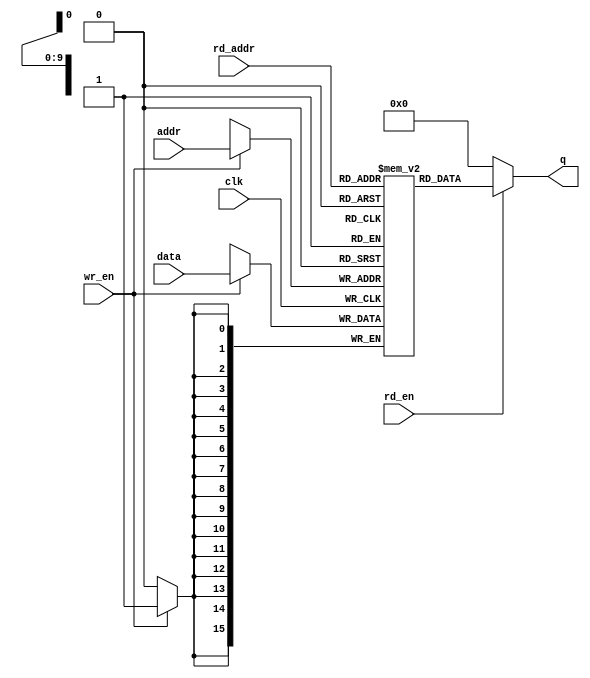
/*******************************************************************************
@ddblock_begin copyright

Copyright (c) 1997-2022
Maryland DSPCAD Research Group, The University of Maryland at College Park 

Permission is hereby granted, without written agreement and without
license or royalty fees, to use, copy, modify, and distribute this
software and its documentation for any purpose, provided that the above
copyright notice and the following two paragraphs appear in all copies
of this software.

IN NO EVENT SHALL THE UNIVERSITY OF MARYLAND BE LIABLE TO ANY PARTY
FOR DIRECT, INDIRECT, SPECIAL, INCIDENTAL, OR CONSEQUENTIAL DAMAGES
ARISING OUT OF THE USE OF THIS SOFTWARE AND ITS DOCUMENTATION, EVEN IF
THE UNIVERSITY OF MARYLAND HAS BEEN ADVISED OF THE POSSIBILITY OF
SUCH DAMAGE.

THE UNIVERSITY OF MARYLAND SPECIFICALLY DISCLAIMS ANY WARRANTIES,
INCLUDING, BUT NOT LIMITED TO, THE IMPLIED WARRANTIES OF
MERCHANTABILITY AND FITNESS FOR A PARTICULAR PURPOSE. THE SOFTWARE
PROVIDED HEREUNDER IS ON AN "AS IS" BASIS, AND THE UNIVERSITY OF
MARYLAND HAS NO OBLIGATION TO PROVIDE MAINTENANCE, SUPPORT, UPDATES,
ENHANCEMENTS, OR MODIFICATIONS.

@ddblock_end copyright
*******************************************************************************/

/*******************************************************************************
This is a single port RAM (random access memory) module.

--- INPUTS: ---

data:  data to be written into the RAM

addr:  RAM address for writing data

rd_addr: RAM address for reading data

wr_en: enable signal for activating write operation (active high)

rd_en: enable signal for activating reading operation (active high)

clk: clock

--- OUTPUT: ---

q: data that is read out of the RAM

--- PARAMETERS: ---    

buffer_size: the number of tokens (integers) in each input vector. So, if size =
N, then this actor performs stream computation.  

word_size: the bit width for each of the input data  used in computation of the PEA actor.
*******************************************************************************/

`timescale 1ns/1ps
module single_port_ram
/*Here word_size and buffer_size is treated as width and size parameters from lab 07 respectively*/
        #(parameter word_size = 16, buffer_size = 1024)(  
        input [word_size - 1 : 0] data,
        input [log2(buffer_size) - 1 : 0] addr,
        input [log2(buffer_size) - 1 : 0] rd_addr,
        input wr_en, rd_en, clk,
        output [word_size - 1 : 0] q);

    /* Declare the RAM variable */
    reg [word_size - 1 : 0] ram[buffer_size - 1 : 0];
	
    /* Variable to hold the registered read address */
    reg [log2(buffer_size) - 1 : 0] addr_reg;
	
    always @ (posedge clk)
    begin
        /* Write */
        if (wr_en)
            ram[addr] <= data;
    end
		
		/* Read */
    assign q = (rd_en) ? ram[rd_addr] : 0;
 
    function integer log2;
    input [31 : 0] value;
	integer i;
    begin
		  if(value==1)
				log2=1;
		  else
			  begin
			  i = value - 1;
			  for (log2 = 0; i > 0; log2 = log2 + 1) begin
					i = i >> 1;
			  end
			  end
    end
    endfunction
	
endmodule